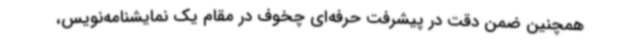
همچنین ضمن دقت در پیشرفت حرفه‌ای چخوف در مقام یک نمایشنامه‌نویس،